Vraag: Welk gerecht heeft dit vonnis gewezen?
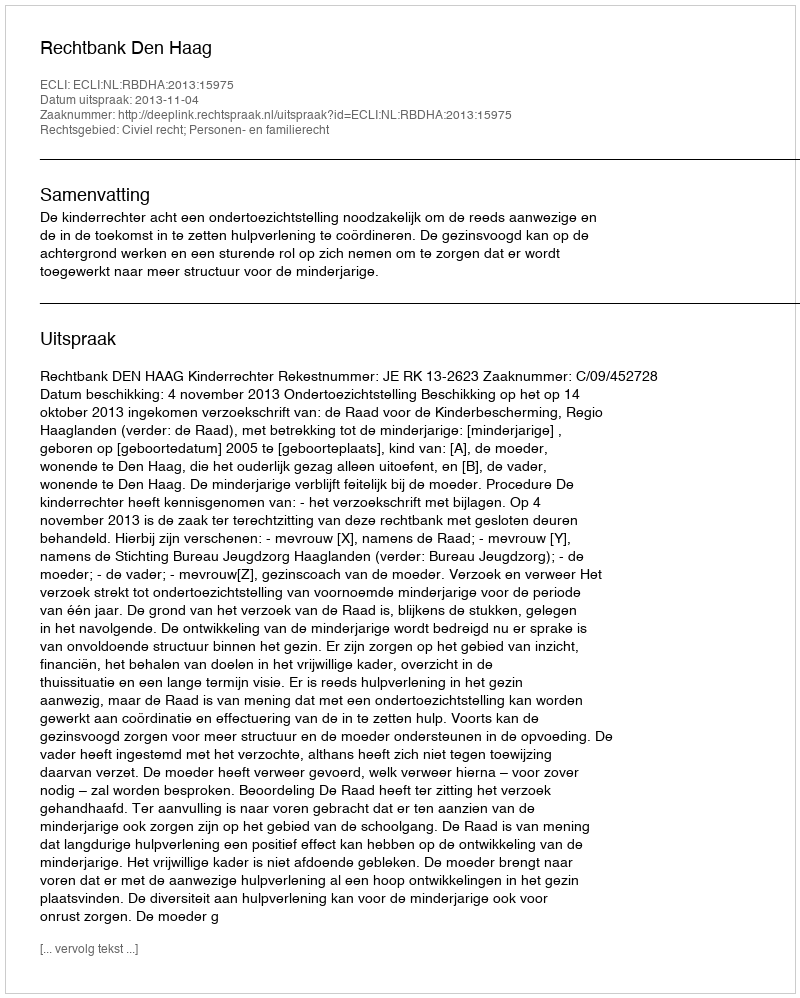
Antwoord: Rechtbank Den Haag